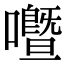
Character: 𡃢